Civil Veterinary Department Bengal reports 1933-51 - 1933-1951
Year: 1933
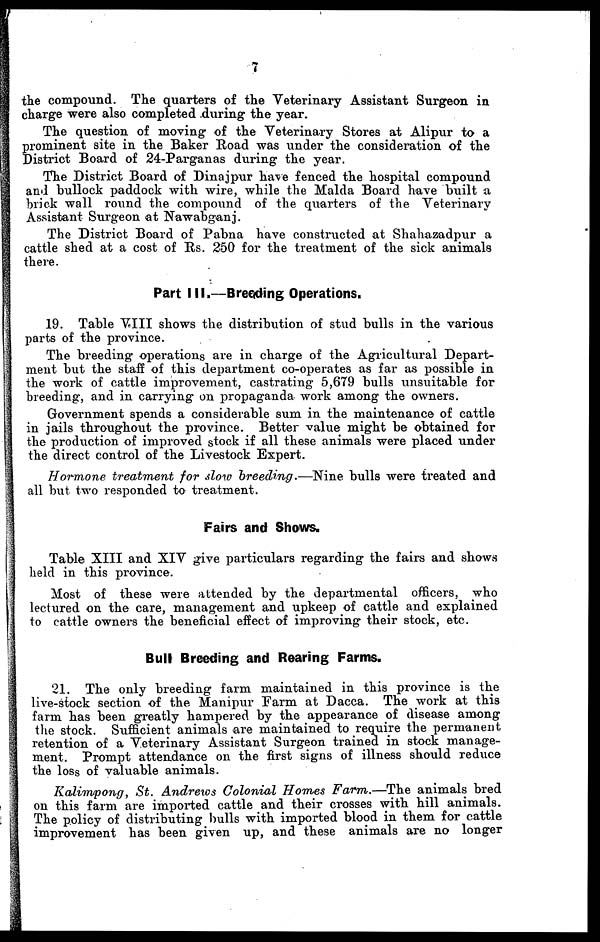
7
the compound. The quarters of the Veterinary Assistant Surgeon in
charge were also completed during the year.
The question of moving of the Veterinary Stores at Alipur to a
prominent site in the Baker Road was under the consideration of the
District Board of 24-Parganas during the year.
The District Board of Dinajpur have fenced the hospital compound
and bullock paddock with wire, while the Malda Board have built a
brick wall round the compound of the quarters of the Veterinary
Assistant Surgeon at Nawabganj.
The District Board of Pabna have constructed at Shahazadpur a
cattle shed at a cost of Rs. 250 for the treatment of the sick animals
there.
Part III.—Breeding Operations.
19. Table VIII shows the distribution of stud bulls in the various
parts of the province.
The breeding operations are in charge of the Agricultural Depart-
ment but the staff of this department co-operates as far as possible in
the work of cattle improvement, castrating 5,679 bulls unsuitable for
breeding, and in carrying on propaganda work among the owners.
Government spends a considerable sum in the maintenance of cattle
in jails throughout the province. Better value might be obtained for
the production of improved stock if all these animals were placed under
the direct control of the Livestock Expert.
Hormone treatment for slow breeding.—Nine bulls were treated and
all but two responded to treatment.
Fairs and Shows.
Table XIII and XIV give particulars regarding the fairs and shows
held in this province.
Most of these were attended by the departmental officers, who
lectured on the care, management and upkeep of cattle and explained
to cattle owners the beneficial effect of improving their stock, etc.
Bull Breeding and Rearing Farms.
21. The only breeding farm maintained in this province is the
live-stock section of the Manipur Farm at Dacca. The work at this
farm has been greatly hampered by the appearance of disease among
the stock. Sufficient animals are maintained to require the permanent
retention of a Veterinary Assistant Surgeon trained in stock manage-
ment. Prompt attendance on the first signs of illness should reduce
the loss of valuable animals.
Kalimpong, St. Andrews Colonial Homes Farm.—The animals bred
on this farm are imported cattle and their crosses with hill animals.
The policy of distributing bulls with imported blood in them for cattle
improvement has been given up, and these animals are no longer